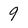
Character: 9